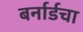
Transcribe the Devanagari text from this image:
बर्नार्डचा